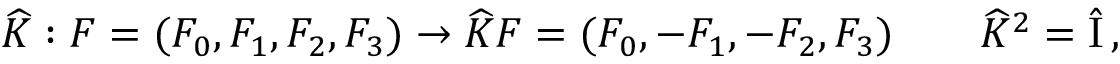
\widehat { K } : F = ( F _ { 0 } , F _ { 1 } , F _ { 2 } , F _ { 3 } ) \to \widehat { K } F = ( F _ { 0 } , - F _ { 1 } , - F _ { 2 } , F _ { 3 } ) \qquad \widehat { K } ^ { 2 } = \hat { \mathrm { I } } \, ,